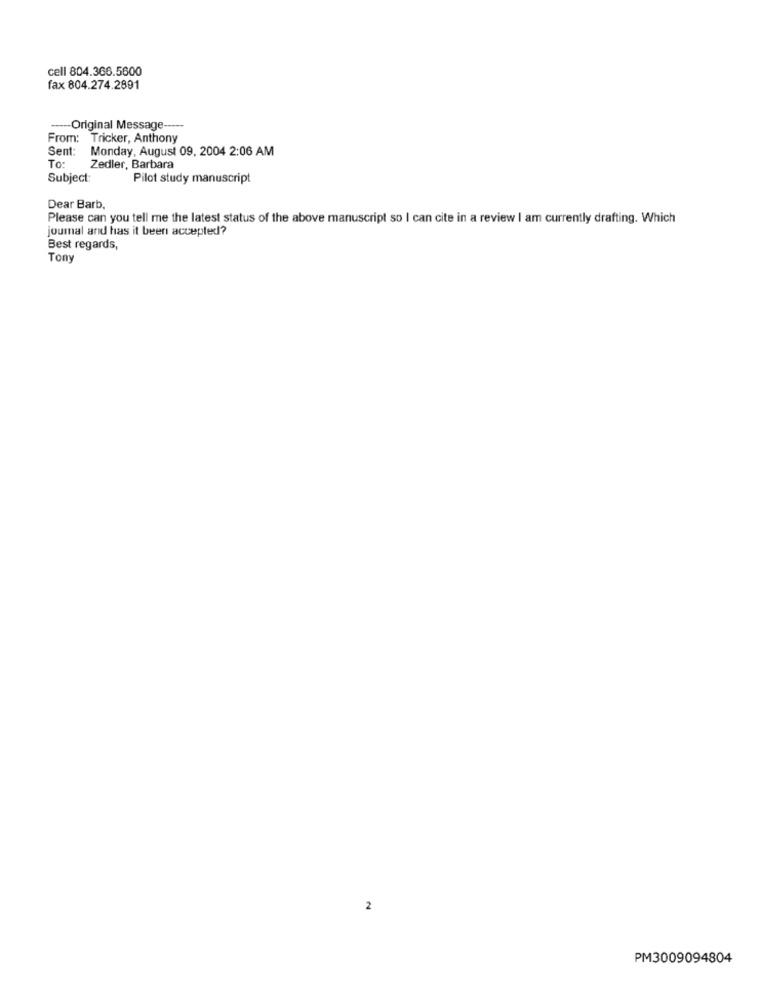
cell 804.366.5600
fax 804.274.2891
-- Original Message
From: Tricker, Anthony
Sent:
Monday, August 09, 2004 2:06 AM
To :
Zedler, Barbara
Subject:
Pilot study manuscript
Dear Barb,
Please can you tell me the latest status of the above manuscript so I can cite in a review I am currently drafting. Which
joumal and has it been accepted?
Best regards,
Tony
2
PM3009094804